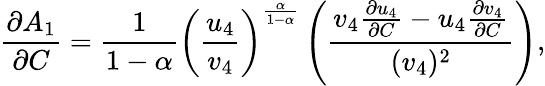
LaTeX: \frac{\partial A_{1}}{\partial C}=\frac{1}{1-\alpha}\left(\frac{u_{4}}{v_{4}}\right)^{\frac{\alpha}{1-\alpha}}\left(\frac{v_{4}\frac{\partial u_{4}}{\partial C}-u_{4}\frac{\partial v_{4}}{\partial C}}{(v_{4})^{2}}\right),